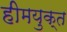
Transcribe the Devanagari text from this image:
हीमयुक्त